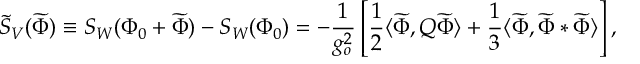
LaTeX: \widetilde { S } _ { V } ( \widetilde { \Phi } ) \equiv S _ { W } ( \Phi _ { 0 } + \widetilde { \Phi } ) - S _ { W } ( \Phi _ { 0 } ) = - \frac { 1 } { g _ { o } ^ { 2 } } \left[ \frac { 1 } { 2 } \langle \widetilde { \Phi } , Q \widetilde { \Phi } \rangle + \frac { 1 } { 3 } \langle \widetilde { \Phi } , \widetilde { \Phi } * \widetilde { \Phi } \rangle \right] ,